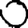
Digit: 0